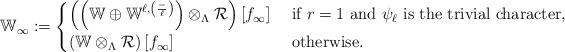
LaTeX: \begin{align*}\mathbb{W}_{\infty}:=\begin{cases}\left(\left(\mathbb{W}\oplus \mathbb{W}^{\ell,\left(\frac{-}{\ell}\right)}\right)\otimes_{\Lambda} \mathcal{R}\right)[f_\infty] & \textrm{ if $r=1$ and $\psi_\ell$ is the trivial character,}\\\left(\mathbb{W}\otimes_{\Lambda} \mathcal{R}\right)[f_\infty] & \textrm{ otherwise.}\end{cases}\end{align*}